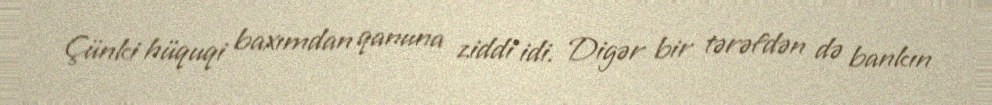
Çünki hüquqi baxımdan qanuna ziddi idi. Digər bir tərəfdən də bankın